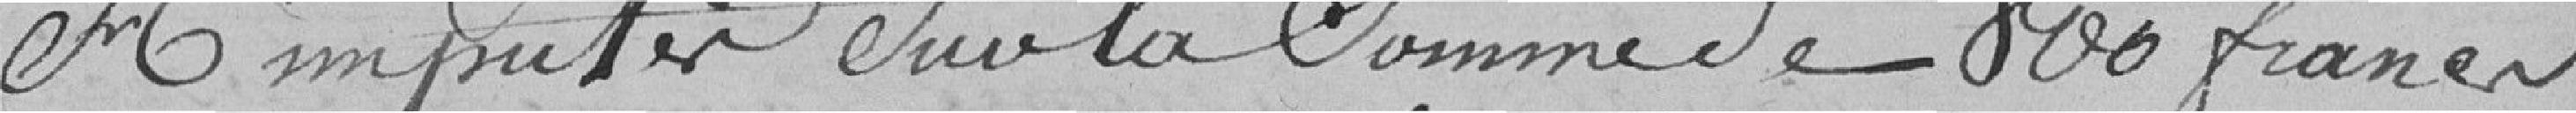
à imputer sur la somme de 800 francs